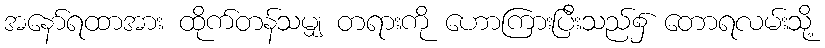
အနော်ရထာအား ထိုက်တန်သမျှ တရားကို ဟောကြားပြီးသည်၌ တောရလမ်းသို့